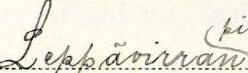
Leppävirran